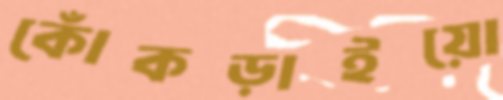
কোঁকড়াইয়ো